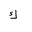
Letter: _kaf